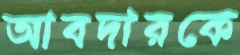
আবদারকে